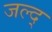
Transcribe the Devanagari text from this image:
जल्द्